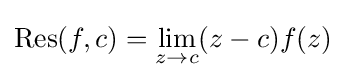
\operatorname {Res} (f,c)=\lim _{z\to c}(z-c)f(z)